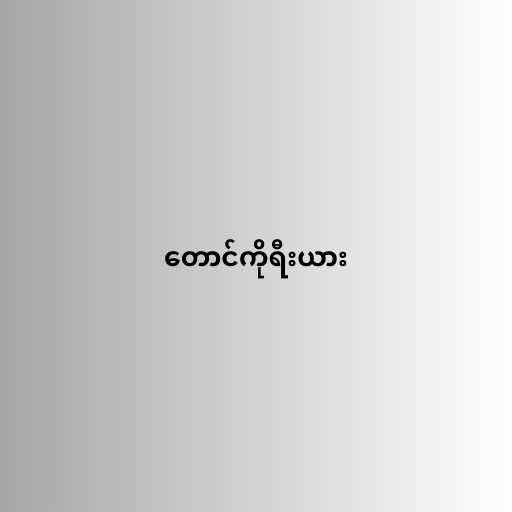
တောင်ကိုရီးယား